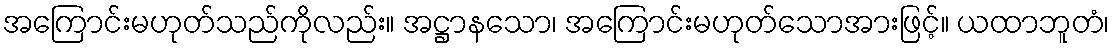
အကြောင်းမဟုတ်သည်ကိုလည်း။ အဋ္ဌာနသော၊ အကြောင်းမဟုတ်သောအားဖြင့်။ ယထာဘူတံ၊